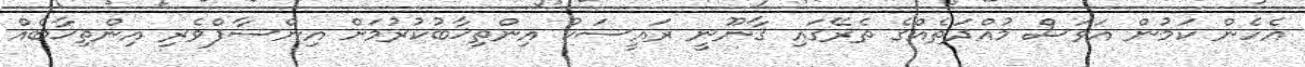
އެހެން ކަމުން އަވަސް މުއްދަތެއްގެ ތެރޭގައި ޤާނޫނީ ރައީސަކު އިންތިޚާބުކުރުމަށް އިންސާފްވެރި އިންތިޚާބެއް